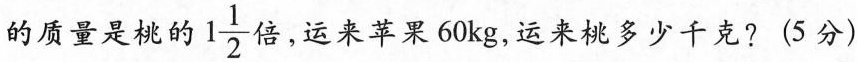
的质量是桃的1\frac{1}{2}倍，运来苹果60kg，运来桃多少千克?(5分)